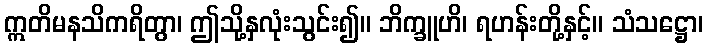
ဣတိမနသိကရိတွာ၊ ဤသို့နှလုံးသွင်း၍။ ဘိက္ခူဟိ၊ ရဟန်းတို့နှင့်။ သံသဋ္ဌော၊